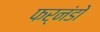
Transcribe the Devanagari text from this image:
फर्नंडो